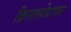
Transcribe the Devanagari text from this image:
क्रिस्टलोग्राफर